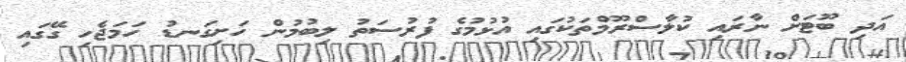
އަދި ބޫޓަށް ނާރައި ކުލާސްރޫމްތަކުގައި އުޅުމުގެ ފުރުސަތު ލިބުމުން ހަށިގަނޑު ހަމަޖެހި ގޭގައި